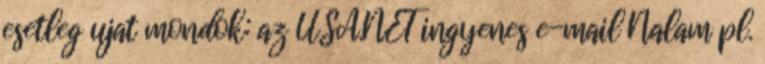
esetleg ujat mondok: az USA.NET ingyenes e-mail Nalam pl.